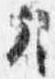
引